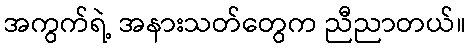
အကွက်ရဲ့ အနားသတ်တွေက ညီညာတယ်။